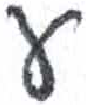
אות: ע